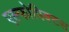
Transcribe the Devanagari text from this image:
एल्फोपिक्टस